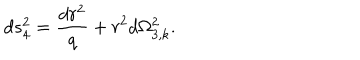
LaTeX: d s _ { 4 } ^ { 2 } = \frac { d r ^ { 2 } } { q } + r ^ { 2 } d \Omega _ { 3 , k } ^ { 2 } .